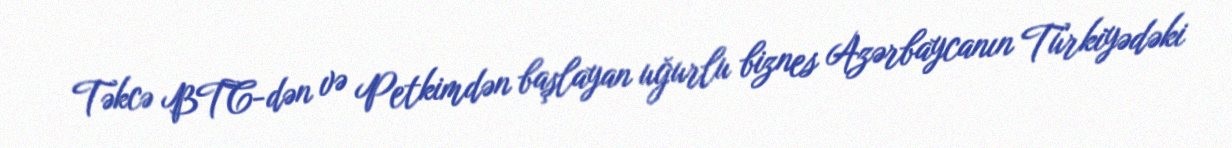
Təkcə BTC-dən və Petkimdən başlayan uğurlu biznes Azərbaycanın Türkiyədəki